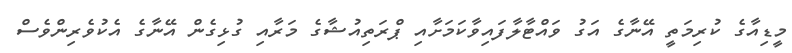
މީޑިއާގެ ކުރިމަތީ އޭނާގެ އަގު ވައްޓާލާފައިވާކަމަށާއި ޕްރަތިއުޝާގެ މަރާއި ގުޅިގެން އޭނާގެ އެކުވެރިންވެސް